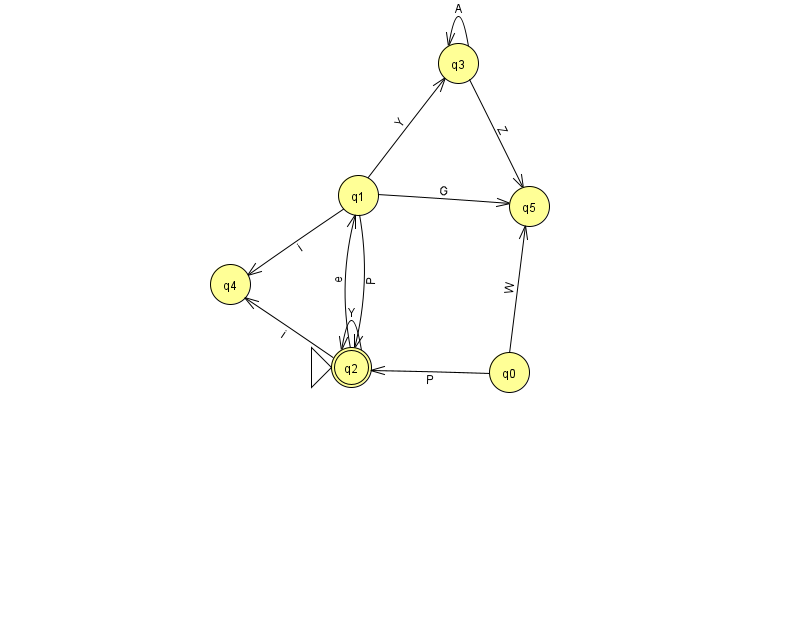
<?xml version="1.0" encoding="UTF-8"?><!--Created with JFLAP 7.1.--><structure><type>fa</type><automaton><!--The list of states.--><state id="0" name="q0"><x>509.0</x><y>359.0</y></state><state id="1" name="q1"><x>358.0</x><y>182.0</y></state><state id="2" name="q2"><x>351.0</x><y>354.0</y><initial/><final/></state><state id="3" name="q3"><x>458.0</x><y>50.0</y></state><state id="4" name="q4"><x>230.0</x><y>271.0</y></state><state id="5" name="q5"><x>529.0</x><y>193.0</y></state><!--The list of transitions.--><transition><from>3</from><to>3</to><read>A</read></transition><transition><from>1</from><to>4</to><read>i</read></transition><transition><from>0</from><to>2</to><read>P</read></transition><transition><from>0</from><to>5</to><read>W</read></transition><transition><from>1</from><to>3</to><read>Y</read></transition><transition><from>1</from><to>2</to><read>P</read></transition><transition><from>1</from><to>5</to><read>G</read></transition><transition><from>2</from><to>2</to><read>Y</read></transition><transition><from>3</from><to>5</to><read>Z</read></transition><transition><from>2</from><to>4</to><read>i</read></transition><transition><from>2</from><to>1</to><read>e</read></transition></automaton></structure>